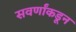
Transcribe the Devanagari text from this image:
सवर्णांकडून